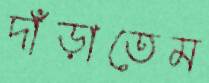
দাঁড়াতেম